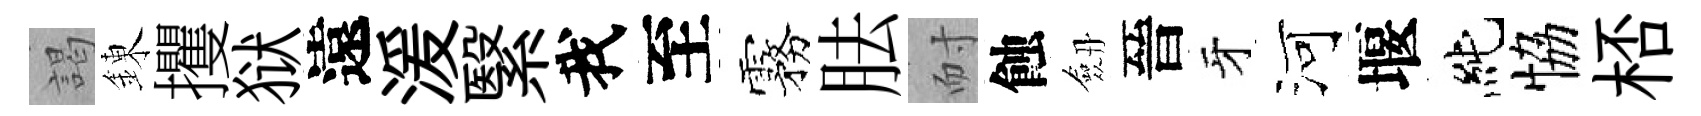
謁錬攫狱遠湲繄我至霧胠耐蝕劔晉牙河堰純恊桮